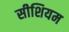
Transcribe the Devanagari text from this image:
सीशियम